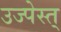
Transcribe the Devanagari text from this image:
उज्पेस्त्